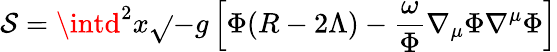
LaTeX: \mathcal{S}=\intd^{2}x\sqrt{}{{-g}}\left[\Phi(R-2\Lambda)-\frac{{\omega}}{{\Phi}}\nabla_{\mu}\Phi\nabla^{\mu}\Phi\right]